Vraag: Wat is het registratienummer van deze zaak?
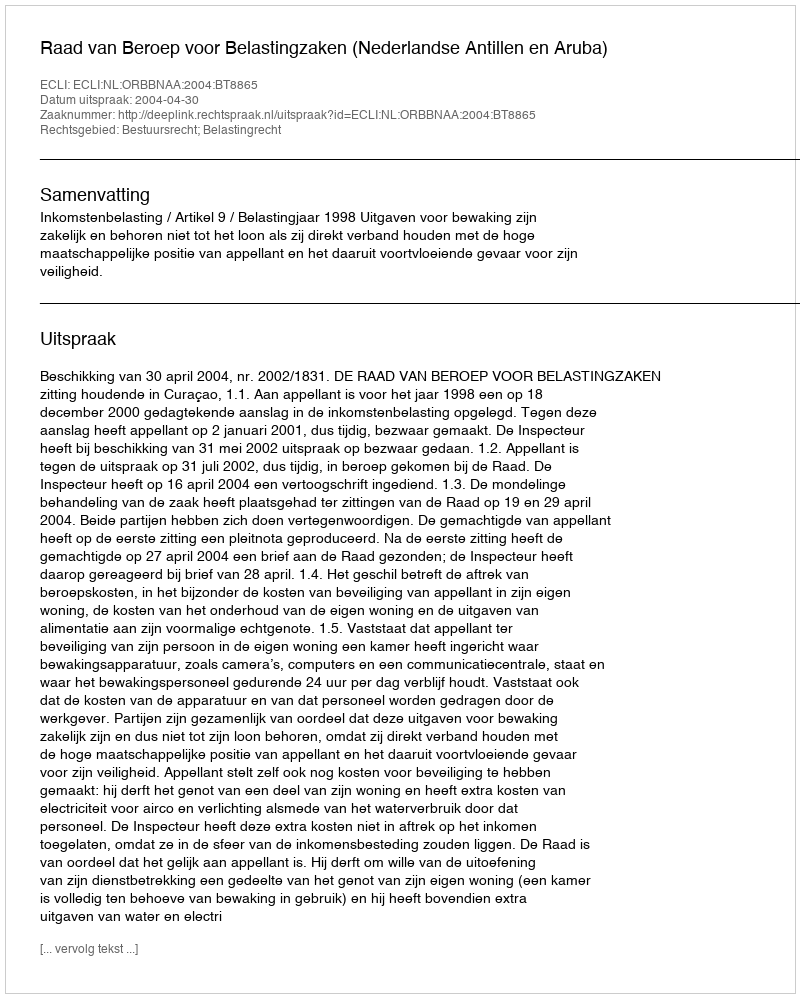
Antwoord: http://deeplink.rechtspraak.nl/uitspraak?id=ECLI:NL:ORBBNAA:2004:BT8865